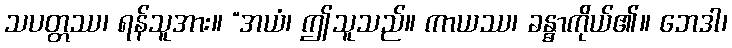
သပတ္တဿ၊ ရန်သူအား။ “အယံ၊ ဤသူသည်။ ကာယဿ၊ ခန္ဓာကိုယ်၏။ ဘေဒါ၊